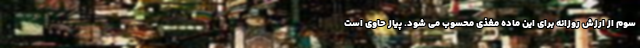
سوم از ارزش روزانه برای این ماده مغذی محسوب می شود. پیاز حاوی است